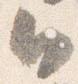
日